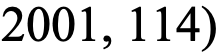
2001, 114)